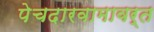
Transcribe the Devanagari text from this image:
पेचदारवामावर्त